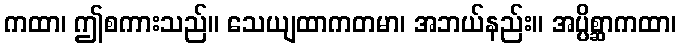
ကထာ၊ ဤစကားသည်။ သေယျထာကတမာ၊ အဘယ်နည်း။ အပ္ပိစ္ဆာကထာ၊